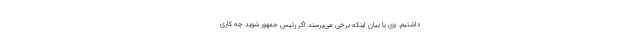
داشتیم. وی با بیان اینکه برخی می‌پرسند اگر رئیس جمهور شوید چه کاری